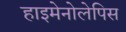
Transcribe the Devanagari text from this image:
हाइमेनोलेपिस